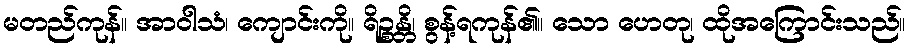
မတည်ကုန်။ အာဝါသံ၊ ကျောင်းကို။ ရိဉ္စန္တိ၊ စွန့်ရကုန်၏။ သော ဟေတု၊ ထိုအကြောင်းသည်။